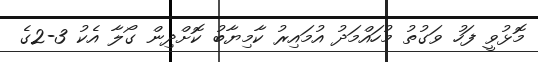
މޮޅުވީ ފަހު ވަގުތު މުހައްމަދު އުމައިރު ކާމިޔާބު ކޮށްދިން ގޯލާ އެކު 3-2ގެ